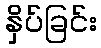
နှိပ်ခြင်း